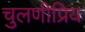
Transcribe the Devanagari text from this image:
चुलणीप्रिय